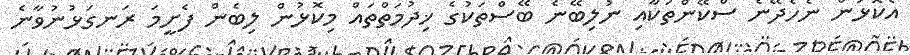
އެކޮޅުން ނެހެދޭނެ ސްކޭންތަކާއި ނުލިބޭނެ ބޭސްތަކުގެ ޚިދުމަތްތައް މިކޮޅުން ލިބެން ފެށީމަ ރަނގަޅުނުވާނެ